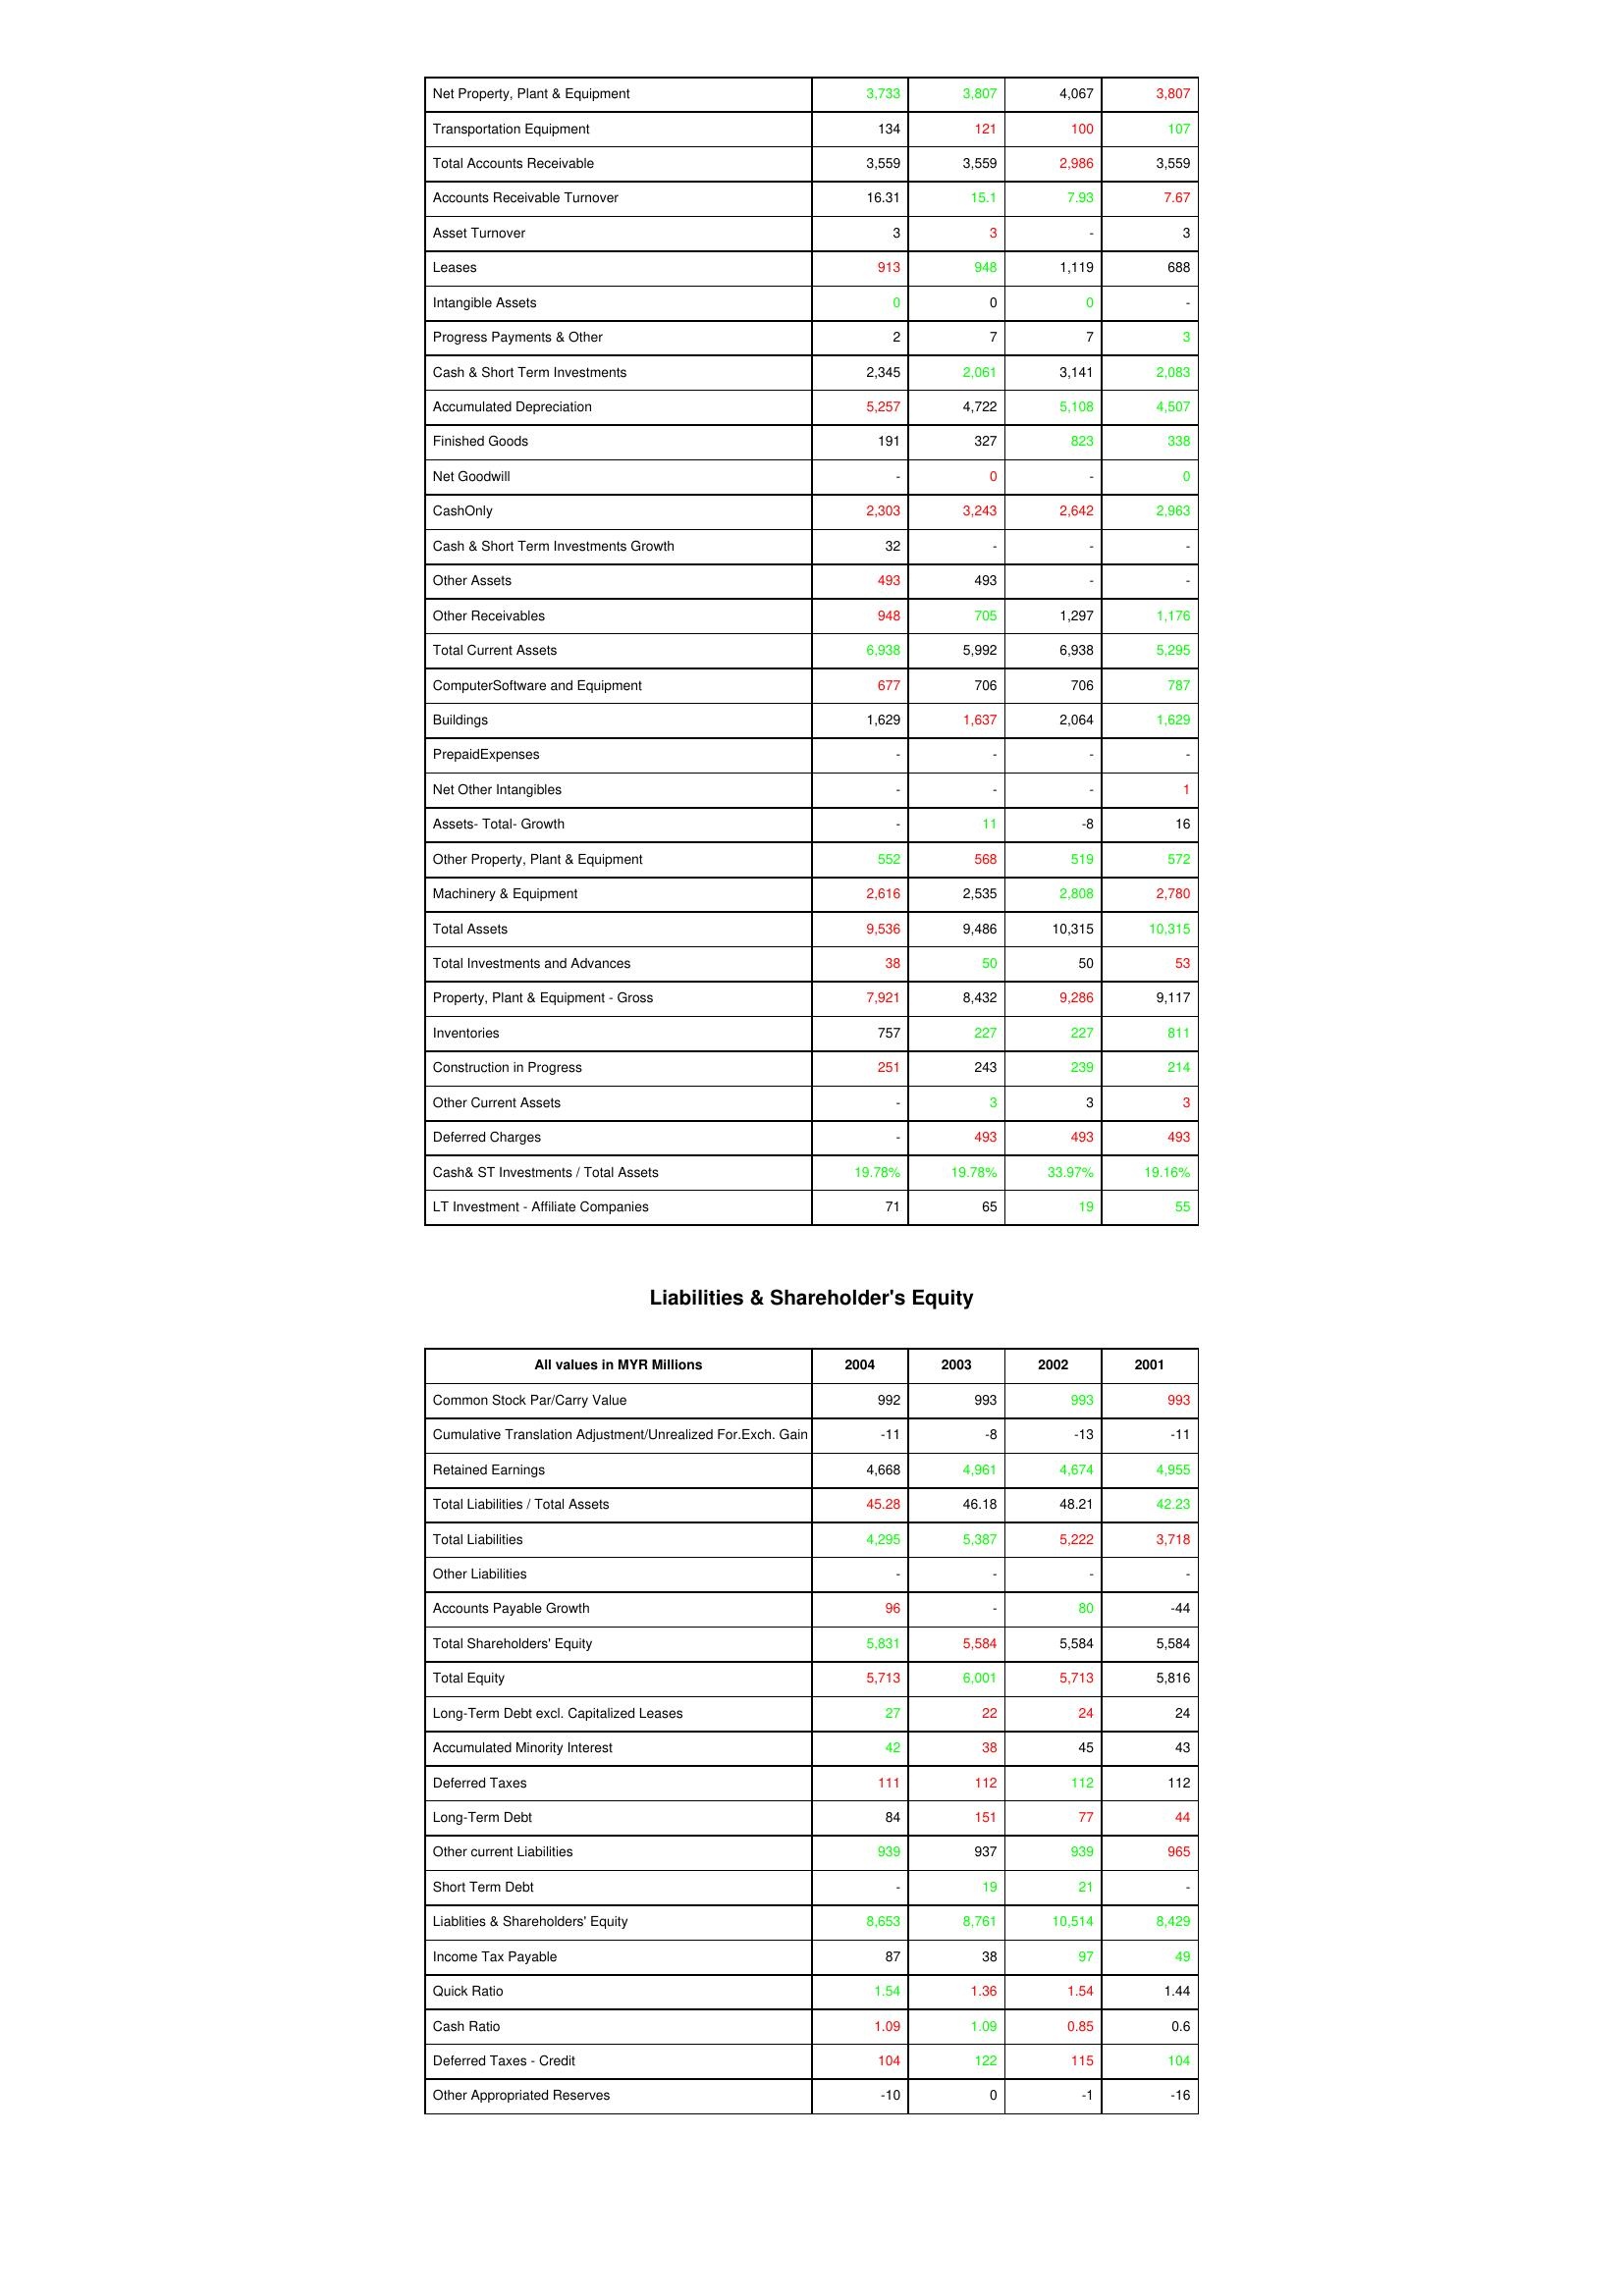
gt_parse: 2004: Assets: Net Property, Plant & Equipment: 3,733
Transportation Equipment: 134
Total Accounts Receivable: 3,559
Accounts Receivable Turnover: 16.31
Asset Turnover: 3
Leases: 913
Intangible Assets: 0
Progress Payments & Other: 2
Cash & Short Term Investments: 2,345
Accumulated Depreciation: 5,257
Finished Goods: 191
Net Goodwill: -
CashOnly: 2,303
Cash & Short Term Investments Growth: 32
Other Assets: 493
Other Receivables: 948
Total Current Assets: 6,938
ComputerSoftware and Equipment: 677
Buildings: 1,629
PrepaidExpenses: -
Net Other Intangibles: -
Assets- Total- Growth: -
Other Property, Plant & Equipment: 552
Machinery & Equipment: 2,616
Total Assets: 9,536
Total Investments and Advances: 38
Property, Plant & Equipment - Gross : 7,921
Inventories: 757
Construction in Progress: 251
Other Current Assets: -
Deferred Charges: -
Cash& ST Investments / Total Assets: 19.78%
LT Investment - Affiliate Companies: 71
Liabilities & Shareholder's Equity: Common Stock Par/Carry Value: 992
Cumulative Translation Adjustment/Unrealized For.Exch. Gain: -11
Retained Earnings: 4,668
Total Liabilities / Total Assets: 45.28
Total Liabilities: 4,295
Other Liabilities: -
Accounts Payable Growth: 96
Total Shareholders' Equity: 5,831
Total Equity: 5,713
Long-Term Debt excl. Capitalized Leases: 27
Accumulated Minority Interest: 42
Deferred Taxes: 111
Long-Term Debt: 84
Other current Liabilities: 939
Short Term Debt: -
Liablities & Shareholders' Equity: 8,653
Income Tax Payable: 87
Quick Ratio: 1.54
Cash Ratio: 1.09
Deferred Taxes - Credit: 104
Other Appropriated Reserves: -10
2003: Assets: Net Property, Plant & Equipment: 3,807
Transportation Equipment: 121
Total Accounts Receivable: 3,559
Accounts Receivable Turnover: 15.1
Asset Turnover: 3
Leases: 948
Intangible Assets: 0
Progress Payments & Other: 7
Cash & Short Term Investments: 2,061
Accumulated Depreciation: 4,722
Finished Goods: 327
Net Goodwill: 0
CashOnly: 3,243
Cash & Short Term Investments Growth: -
Other Assets: 493
Other Receivables: 705
Total Current Assets: 5,992
ComputerSoftware and Equipment: 706
Buildings: 1,637
PrepaidExpenses: -
Net Other Intangibles: -
Assets- Total- Growth: 11
Other Property, Plant & Equipment: 568
Machinery & Equipment: 2,535
Total Assets: 9,486
Total Investments and Advances: 50
Property, Plant & Equipment - Gross : 8,432
Inventories: 227
Construction in Progress: 243
Other Current Assets: 3
Deferred Charges: 493
Cash& ST Investments / Total Assets: 19.78%
LT Investment - Affiliate Companies: 65
Liabilities & Shareholder's Equity: Common Stock Par/Carry Value: 993
Cumulative Translation Adjustment/Unrealized For.Exch. Gain: -8
Retained Earnings: 4,961
Total Liabilities / Total Assets: 46.18
Total Liabilities: 5,387
Other Liabilities: -
Accounts Payable Growth: -
Total Shareholders' Equity: 5,584
Total Equity: 6,001
Long-Term Debt excl. Capitalized Leases: 22
Accumulated Minority Interest: 38
Deferred Taxes: 112
Long-Term Debt: 151
Other current Liabilities: 937
Short Term Debt: 19
Liablities & Shareholders' Equity: 8,761
Income Tax Payable: 38
Quick Ratio: 1.36
Cash Ratio: 1.09
Deferred Taxes - Credit: 122
Other Appropriated Reserves: 0
2002: Assets: Net Property, Plant & Equipment: 4,067
Transportation Equipment: 100
Total Accounts Receivable: 2,986
Accounts Receivable Turnover: 7.93
Asset Turnover: -
Leases: 1,119
Intangible Assets: 0
Progress Payments & Other: 7
Cash & Short Term Investments: 3,141
Accumulated Depreciation: 5,108
Finished Goods: 823
Net Goodwill: -
CashOnly: 2,642
Cash & Short Term Investments Growth: -
Other Assets: -
Other Receivables: 1,297
Total Current Assets: 6,938
ComputerSoftware and Equipment: 706
Buildings: 2,064
PrepaidExpenses: -
Net Other Intangibles: -
Assets- Total- Growth: -8
Other Property, Plant & Equipment: 519
Machinery & Equipment: 2,808
Total Assets: 10,315
Total Investments and Advances: 50
Property, Plant & Equipment - Gross : 9,286
Inventories: 227
Construction in Progress: 239
Other Current Assets: 3
Deferred Charges: 493
Cash& ST Investments / Total Assets: 33.97%
LT Investment - Affiliate Companies: 19
Liabilities & Shareholder's Equity: Common Stock Par/Carry Value: 993
Cumulative Translation Adjustment/Unrealized For.Exch. Gain: -13
Retained Earnings: 4,674
Total Liabilities / Total Assets: 48.21
Total Liabilities: 5,222
Other Liabilities: -
Accounts Payable Growth: 80
Total Shareholders' Equity: 5,584
Total Equity: 5,713
Long-Term Debt excl. Capitalized Leases: 24
Accumulated Minority Interest: 45
Deferred Taxes: 112
Long-Term Debt: 77
Other current Liabilities: 939
Short Term Debt: 21
Liablities & Shareholders' Equity: 10,514
Income Tax Payable: 97
Quick Ratio: 1.54
Cash Ratio: 0.85
Deferred Taxes - Credit: 115
Other Appropriated Reserves: -1
2001: Assets: Net Property, Plant & Equipment: 3,807
Transportation Equipment: 107
Total Accounts Receivable: 3,559
Accounts Receivable Turnover: 7.67
Asset Turnover: 3
Leases: 688
Intangible Assets: -
Progress Payments & Other: 3
Cash & Short Term Investments: 2,083
Accumulated Depreciation: 4,507
Finished Goods: 338
Net Goodwill: 0
CashOnly: 2,963
Cash & Short Term Investments Growth: -
Other Assets: -
Other Receivables: 1,176
Total Current Assets: 5,295
ComputerSoftware and Equipment: 787
Buildings: 1,629
PrepaidExpenses: -
Net Other Intangibles: 1
Assets- Total- Growth: 16
Other Property, Plant & Equipment: 572
Machinery & Equipment: 2,780
Total Assets: 10,315
Total Investments and Advances: 53
Property, Plant & Equipment - Gross : 9,117
Inventories: 811
Construction in Progress: 214
Other Current Assets: 3
Deferred Charges: 493
Cash& ST Investments / Total Assets: 19.16%
LT Investment - Affiliate Companies: 55
Liabilities & Shareholder's Equity: Common Stock Par/Carry Value: 993
Cumulative Translation Adjustment/Unrealized For.Exch. Gain: -11
Retained Earnings: 4,955
Total Liabilities / Total Assets: 42.23
Total Liabilities: 3,718
Other Liabilities: -
Accounts Payable Growth: -44
Total Shareholders' Equity: 5,584
Total Equity: 5,816
Long-Term Debt excl. Capitalized Leases: 24
Accumulated Minority Interest: 43
Deferred Taxes: 112
Long-Term Debt: 44
Other current Liabilities: 965
Short Term Debt: -
Liablities & Shareholders' Equity: 8,429
Income Tax Payable: 49
Quick Ratio: 1.44
Cash Ratio: 0.6
Deferred Taxes - Credit: 104
Other Appropriated Reserves: -16